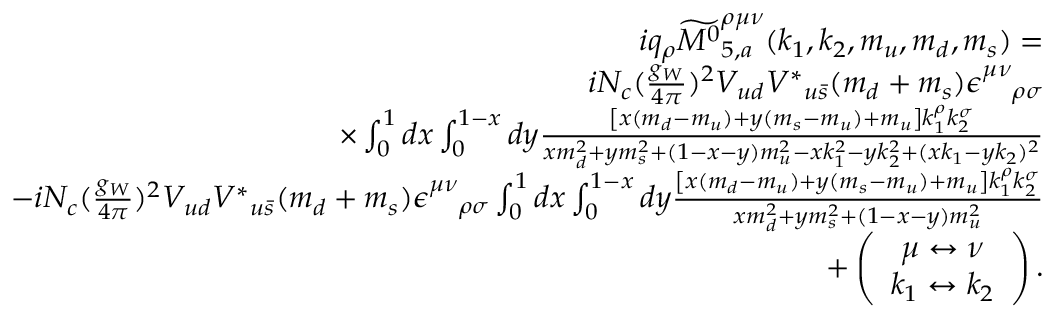
\begin{array} { r l r } & { } & { i q _ { \rho } \widetilde { { M ^ { 0 } } } _ { 5 , a } ^ { \rho \mu \nu } ( k _ { 1 } , k _ { 2 } , m _ { u } , m _ { d } , m _ { s } ) = } \\ & { } & { i N _ { c } ( \frac { g _ { W } } { 4 \pi } ) ^ { 2 } V _ { u d } { V ^ { \ast } } _ { u \bar { s } } ( m _ { d } + m _ { s } ) \epsilon _ { \quad \rho \sigma } ^ { \mu \nu } } \\ & { } & { \times \int _ { 0 } ^ { 1 } d x \int _ { 0 } ^ { 1 - x } d y \frac { \left[ x ( m _ { d } - m _ { u } ) + y ( m _ { s } - m _ { u } ) + m _ { u } \right] k _ { 1 } ^ { \rho } k _ { 2 } ^ { \sigma } } { x m _ { d } ^ { 2 } + y m _ { s } ^ { 2 } + ( 1 - x - y ) m _ { u } ^ { 2 } - x k _ { 1 } ^ { 2 } - y k _ { 2 } ^ { 2 } + ( x k _ { 1 } - y k _ { 2 } ) ^ { 2 } } } \\ & { } & { - i N _ { c } ( \frac { g _ { W } } { 4 \pi } ) ^ { 2 } V _ { u d } { V ^ { \ast } } _ { u \bar { s } } ( m _ { d } + m _ { s } ) \epsilon _ { \quad \rho \sigma } ^ { \mu \nu } \int _ { 0 } ^ { 1 } d x \int _ { 0 } ^ { 1 - x } d y \frac { \left[ x ( m _ { d } - m _ { u } ) + y ( m _ { s } - m _ { u } ) + m _ { u } \right] k _ { 1 } ^ { \rho } k _ { 2 } ^ { \sigma } } { x m _ { d } ^ { 2 } + y m _ { s } ^ { 2 } + ( 1 - x - y ) m _ { u } ^ { 2 } } } \\ & { } & { + \left( \begin{array} { c } { \mu \leftrightarrow \nu } \\ { k _ { 1 } \leftrightarrow k _ { 2 } } \end{array} \right) . } \end{array}